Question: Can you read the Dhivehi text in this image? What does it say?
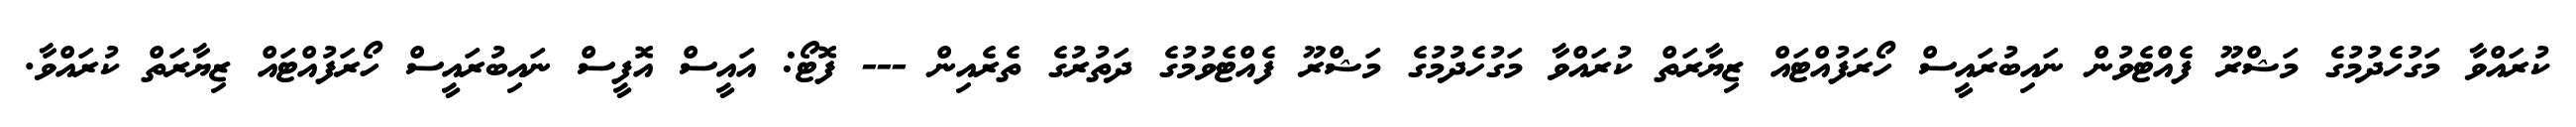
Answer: ކުރައްވާ މަގުހެދުމުގެ މަޝްރޫ ފެއްޓެވުން ނައިބުރައީސް ހޯރަފުއްޓައް ޒިޔާރަތް ކުރައްވާ މަގުހެދުމުގެ މަޝްރޫ ފެއްޓެވުމުގެ ދަތުރުގެ ތެރެއިން --- ފޮޓޯ: އައީސް އޮފީސް ނައިބުރައީސް ހޯރަފުއްޓައް ޒިޔާރަތް ކުރައްވާ.